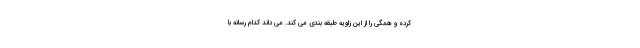
کرده و همگی را از این زاویه طبقه بندی می کند. می داند کدام رسانه با